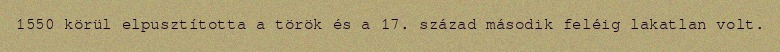
1550 körül elpusztította a török és a 17. század második feléig lakatlan volt.